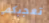
تعجبكم